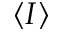
\langle I \rangle